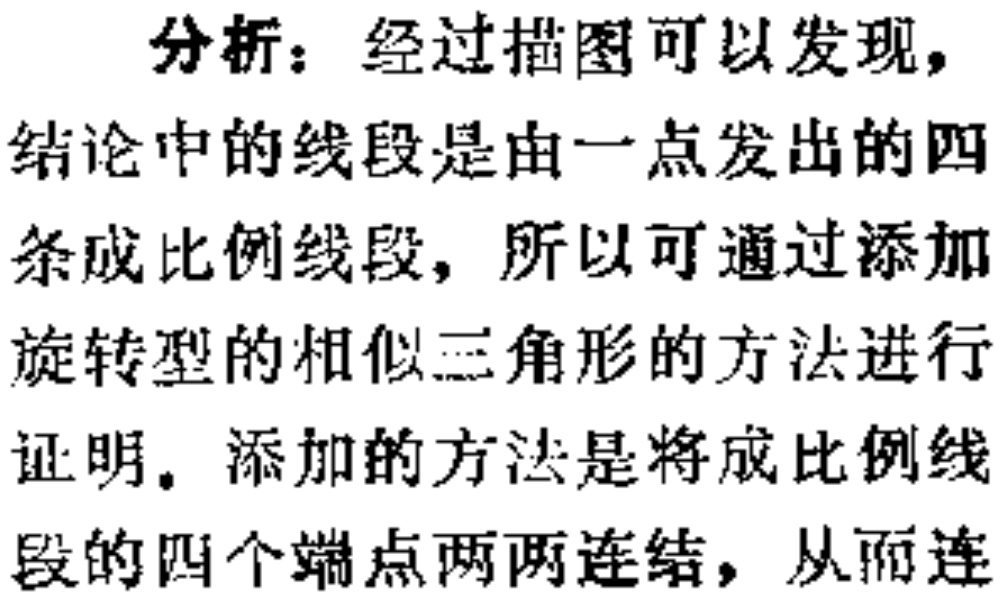
分析：经过描图可以发现，
结论中的线段是由一点发出的四条成比例线段，所以可通过添加旋转型的相似三角形的方法进行证明。添加的方法是将成比例线段的四个端点两两连结，从而连